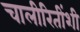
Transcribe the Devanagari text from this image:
चालीरितींशी